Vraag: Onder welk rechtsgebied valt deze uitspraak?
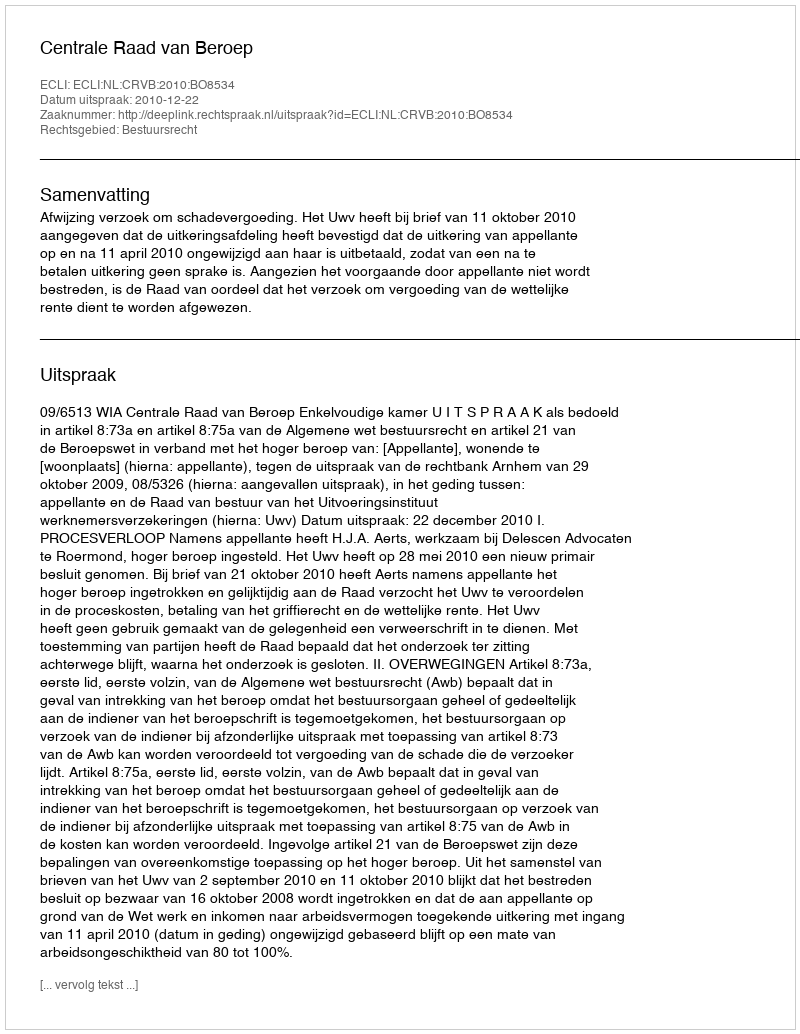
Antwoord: Bestuursrecht